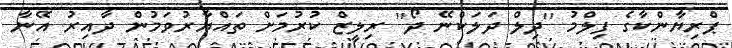
ޕްރިޔާންކާގެ ފިލްމު ''ދިލް ދަލަކްނޭ ދޯ'' ރިލީޒް ކުރުމަށް ތައްޔާރުވަމުން ދާއިރު އޭނާ